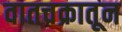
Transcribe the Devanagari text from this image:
वातचक्रातून